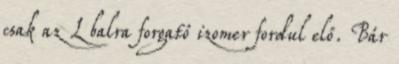
csak az L balra forgató izomer fordul elő. Bár